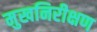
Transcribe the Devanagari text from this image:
मुखनिरीक्षण